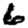
Digit: 6